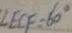
\angle E C F = 6 0 ^ { \circ }